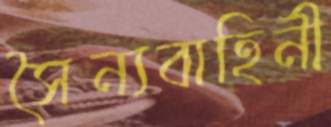
সৈন্যবাহিনী